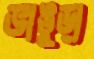
ভাঙুড়া